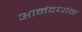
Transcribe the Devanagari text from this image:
आनंदधाम